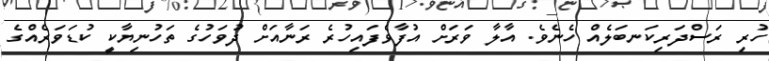
ހުރި ރަސްދަރިކަނބަލެއް ހެނެވެ. އާލާ ވަރަށް އުފާވެފައިހުރެ ރަނާއަށް ދުވަހުގެ ތަހުނިޔާކީ ކުޑަވަރެއްގެ